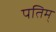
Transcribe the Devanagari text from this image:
पतिम्